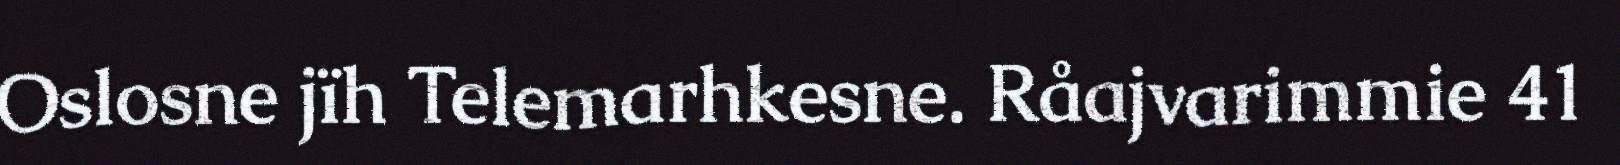
Oslosne jïh Telemarhkesne. Råajvarimmie 41